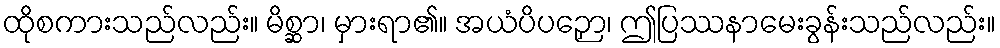
ထိုစကားသည်လည်း။ မိစ္ဆာ၊ မှားရာ၏။ အယံပိပဉှော၊ ဤပြဿနာမေးခွန်းသည်လည်း။